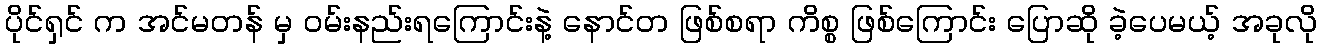
ပိုင်ရှင် က အင်မတန် မှ ဝမ်းနည်းရကြောင်းနဲ့ နောင်တ ဖြစ်စရာ ကိစ္စ ဖြစ်ကြောင်း ပြောဆို ခဲ့ပေမယ့် အခုလို